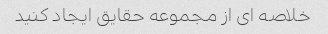
خلاصه ای از مجموعه حقایق ایجاد کنید